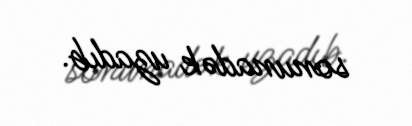
sonunadək uzadıb.